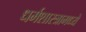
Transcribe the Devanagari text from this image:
धर्मशास्त्रामध्ये